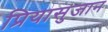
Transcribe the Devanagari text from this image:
प्रियासुजान